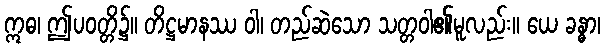
ဣဓ၊ ဤပဝတ္တိ၌။ တိဋ္ဌမာနဿ ဝါ၊ တည်ဆဲသော သတ္တဝါ၏မူလည်း။ ယေ ခန္ဓာ၊